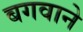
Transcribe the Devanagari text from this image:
बगवाने